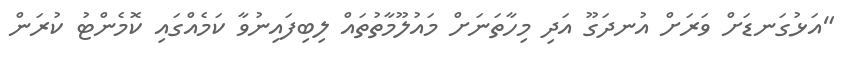
"އަޅުގަނޑަށް ވަރަށް އުނދަގޫ އަދި މިހާތަނަށް މައުލޫމާތުތައް ލިބިފައިނުވާ ކަމެއްގައި ކޮމެންޓު ކުރަން